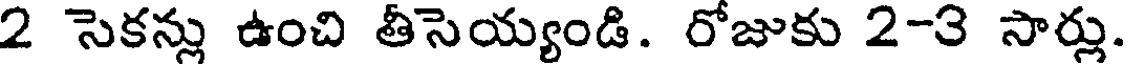
2 సెకన్లు ఉంచి తీసెయ్యండి. రోజుకు 2-3 సార్లు.